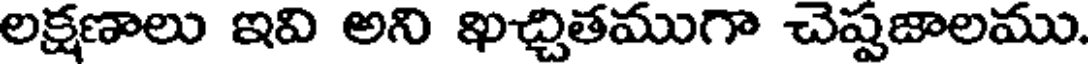
లక్షణాలు ఇవి అని ఖచ్చితముగా చెప్పజాలము.